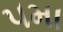
૫મા